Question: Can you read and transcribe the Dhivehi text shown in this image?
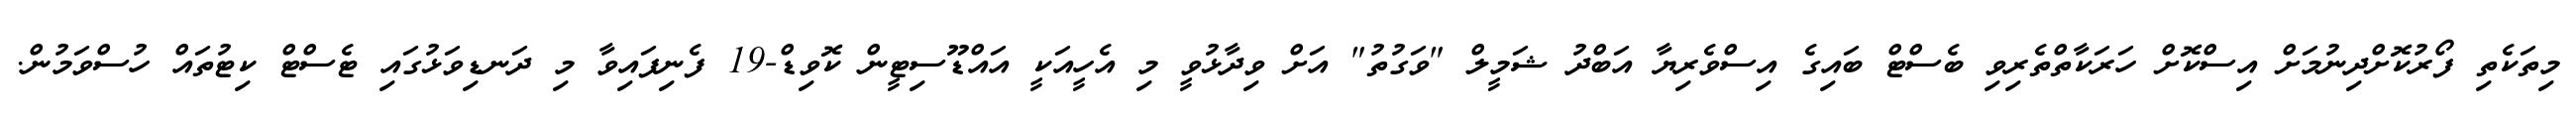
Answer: މިތަކެތި ފޯރުކޮށްދިނުމަށް އިސްކޮށް ހަރަކާތްތެރިވި ބެސްޓް ބައިގެ އިސްވެރިޔާ އަބްދު ޝަމީލް "ވަގުތު" އަށް ވިދާޅުވީ މި އެހީއަކީ އައްޑޫސިޓީން ކޮވިޑް-19 ފެނިފައިވާ މި ދަނޑިވަޅުގައި ޓެސްޓް ކިޓުތައް ހުސްވަމުން.